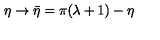
\eta \rightarrow \bar { \eta } = \pi ( \lambda + 1 ) - \eta